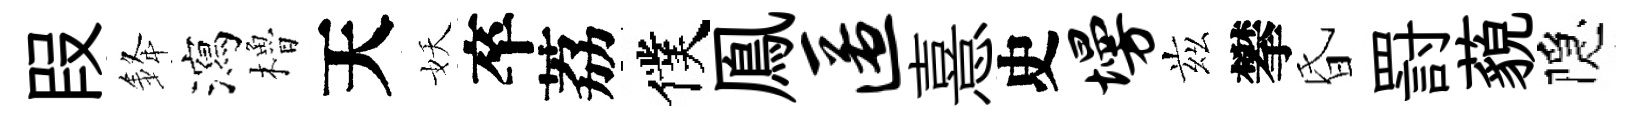
叚𨦟瀉櫓天妖卒荔僕鳯匿憙史墁兹攀昏罸藐隠